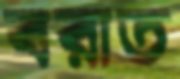
বরাত